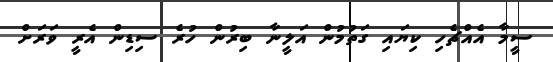
ސީމާ އެއްޗެހި ކިޔައި ގަތުމުން އަލީނާ ބިރުން ހުރެ ސިޑިން އެރީ ވަރަށް